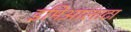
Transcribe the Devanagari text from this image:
इमिआलाटा